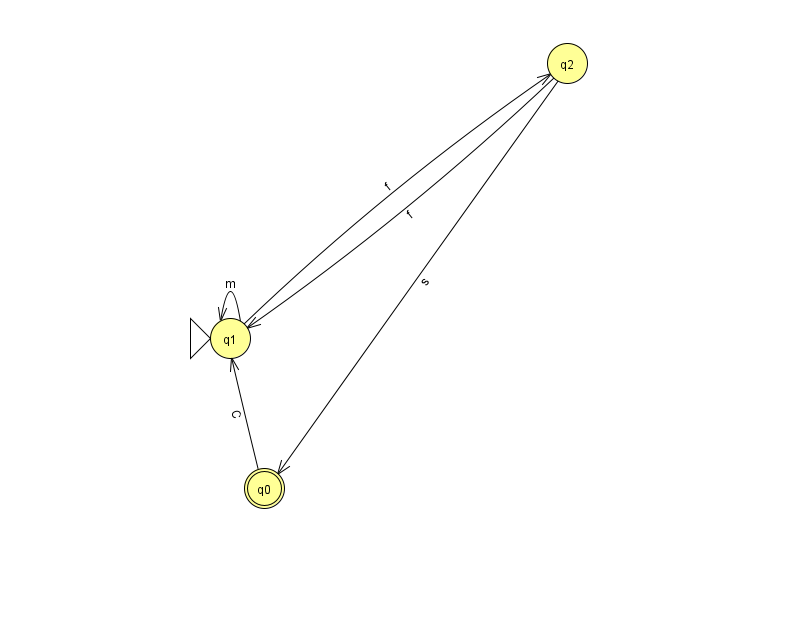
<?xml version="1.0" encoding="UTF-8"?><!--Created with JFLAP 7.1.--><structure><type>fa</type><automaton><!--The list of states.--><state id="0" name="q0"><x>264.0</x><y>475.0</y><final/></state><state id="1" name="q1"><x>230.0</x><y>325.0</y><initial/></state><state id="2" name="q2"><x>567.0</x><y>50.0</y></state><!--The list of transitions.--><transition><from>0</from><to>1</to><read>C</read></transition><transition><from>1</from><to>2</to><read>f</read></transition><transition><from>2</from><to>1</to><read>f</read></transition><transition><from>2</from><to>0</to><read>s</read></transition><transition><from>1</from><to>1</to><read>m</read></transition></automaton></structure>